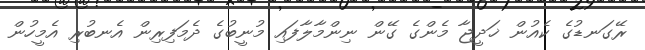
ރޭގަނޑުގެ ކެއުން ޚަދީޖާ މެންގެ ގޭން ނިންމާލާފައި މުނީބުގެ ދެމަފިރިން އެނބުރި އެމީހުން